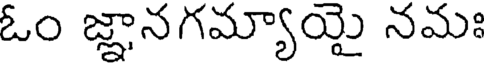
ఓం జ్ఞానగమ్యాయై నమః